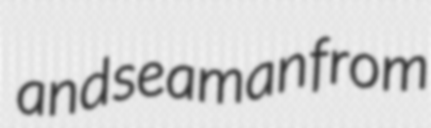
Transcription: and seaman from